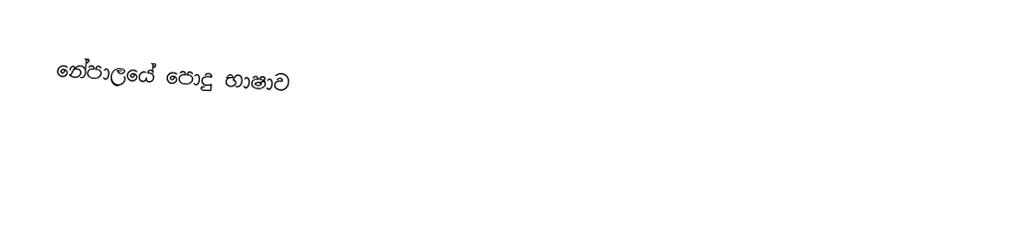
නේපාලයේ පොදු භාෂාව